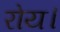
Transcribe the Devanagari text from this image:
रोय।